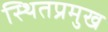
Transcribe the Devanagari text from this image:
स्थितप्रमुख